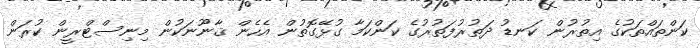
ކަންތައްތަކުގެ އިތުރުން ކަނޑު ދަތުރުފަތުރުގެ ކަންކަމާ ގުޅޭގޮތުން އެހެން ޤާނޫނަކުން މިނިސްޓްރީން ކުރަން